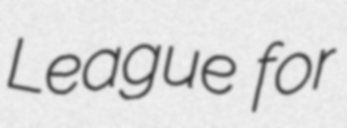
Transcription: League for